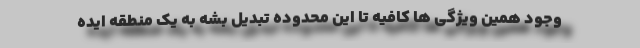
وجود همین ویژگی ها کافیه تا این محدوده تبدیل بشه به یک منطقه ایده